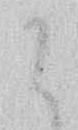
に